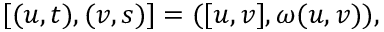
[ ( u , t ) , ( v , s ) ] = ( [ u , v ] , \omega ( u , v ) ) ,